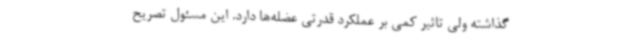
گذاشته ولی تاثیر کمی بر عملکرد قدرتی عضله‌ها دارد. این مسئول تصریح